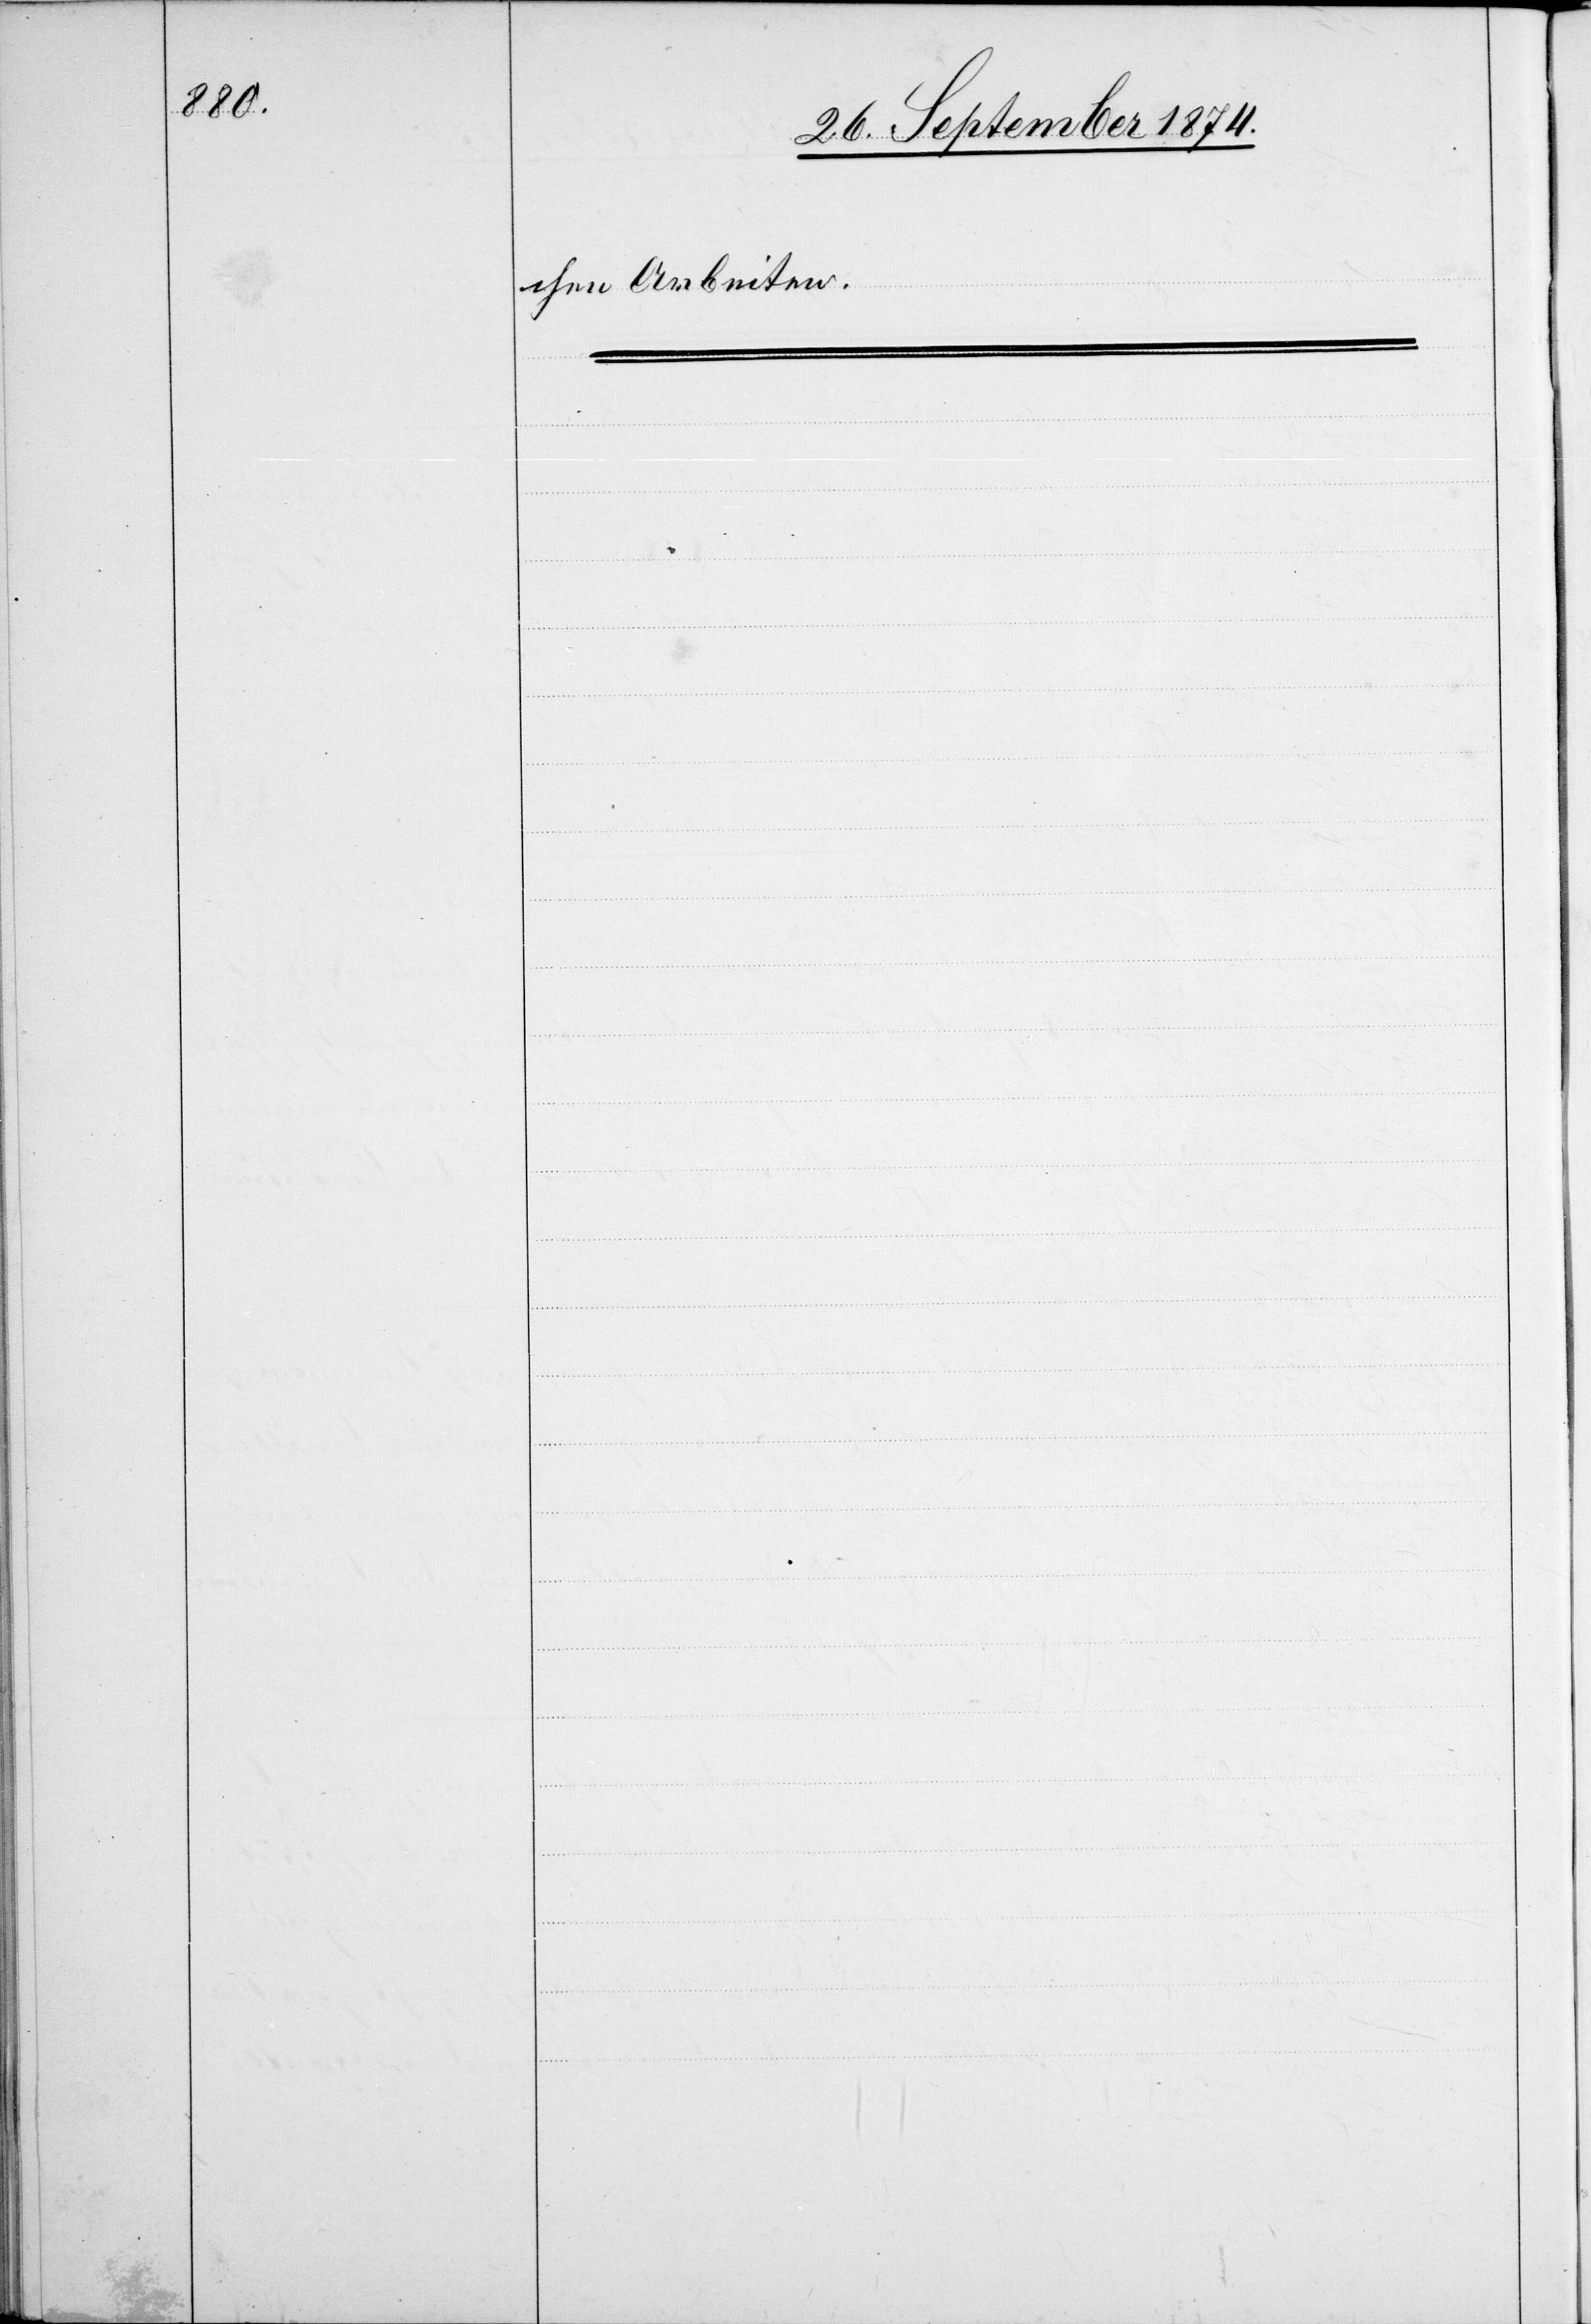
chen Arbeiten.